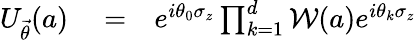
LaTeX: \begin{array}{rlr}{U_{\vec{\theta}}(a)}&{{}=}&{e^{i\theta_{0}\sigma_{z}}\prod_{k=1}^{d}\mathcal{W}(a)e^{i\theta_{k}\sigma_{z}}}\end{array}